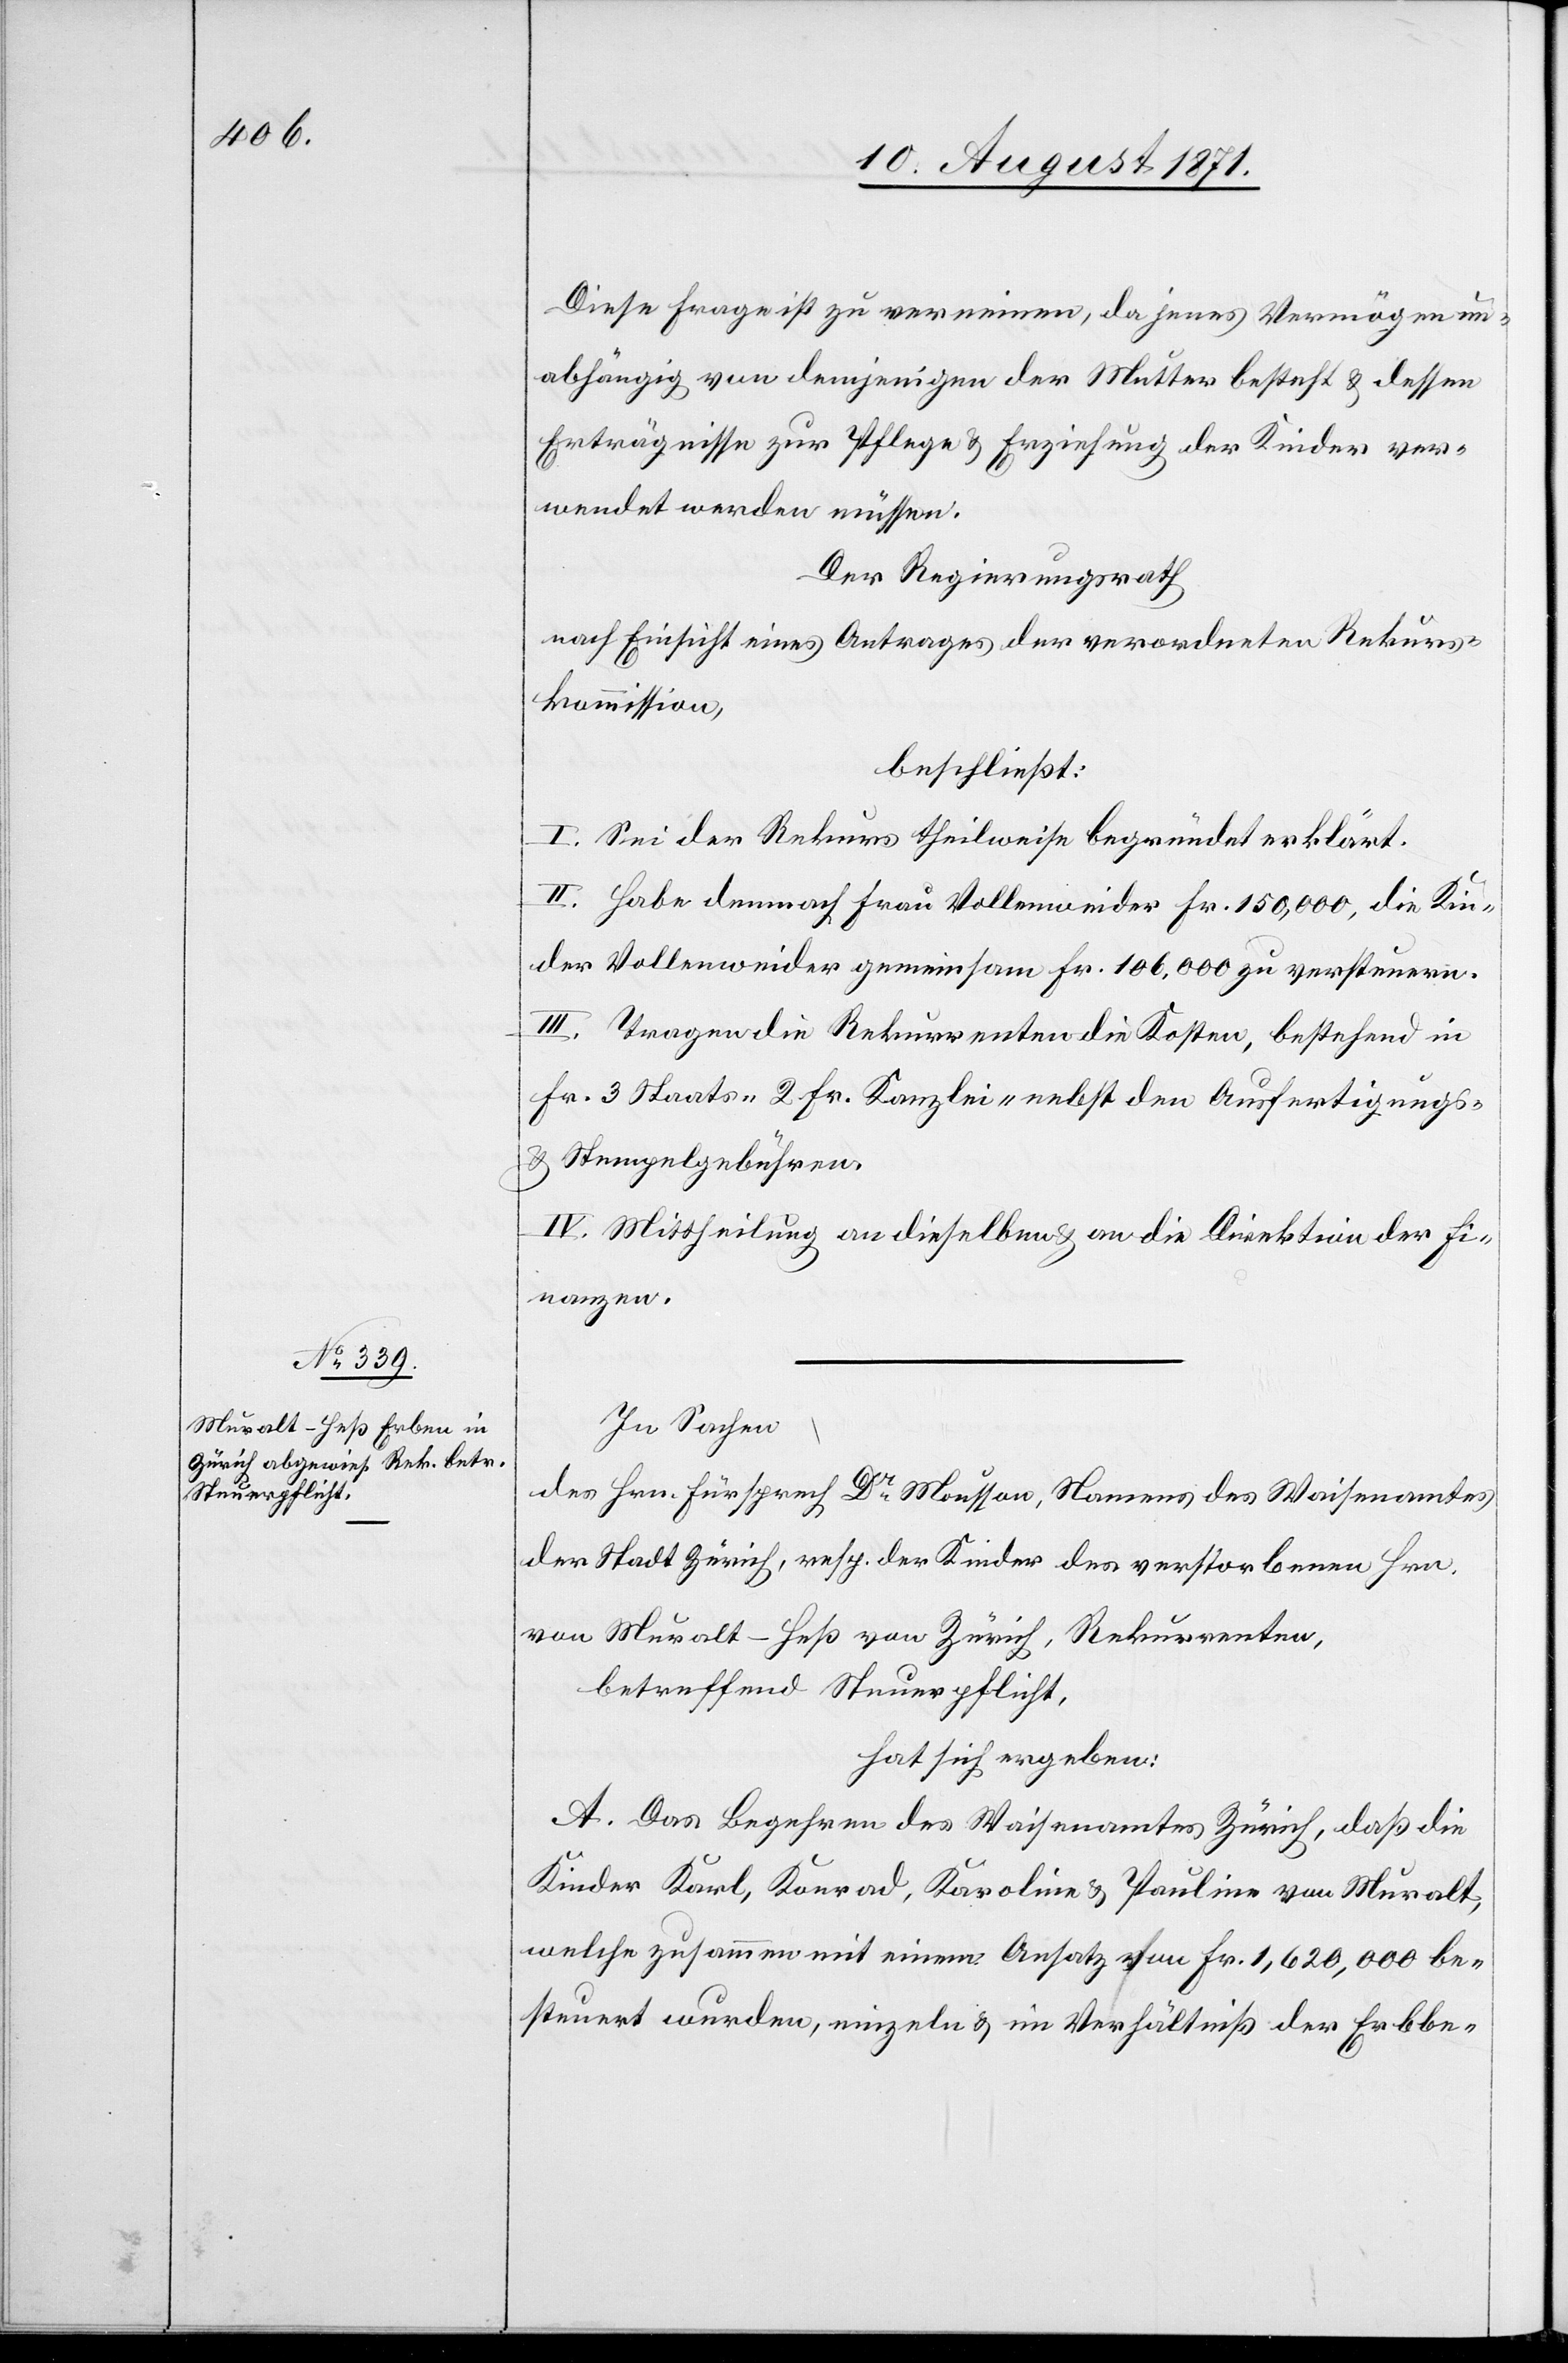
Diese Frage ist zu verneinen, da jenes Vermögen un¬
abhängig von demjenigen der Mutter besteht & dessen
Erträgnisse zur Pflege & Erziehung der Kinder ver¬
wendet werden müssen.
Der Regierungsrath
nach Einsicht eines Antrages der verordneten Rekurs¬
kommission,
beschließt:
I. Sei der Rekurs theilweise begründet erklärt.
II. Habe demnach Frau Vollenweider Fr. 150,000, die Kin¬
der Vollenweider gemeinsam 106,000 zu versteuern.
III. Tragen die Rekurrenten die Kosten, bestehend in
Fr. 3 Staats-[,] 2 Fr. Kanzlei-[,] nebst den Ausfertigungs-
& Stempelgebühren.
IV. Mittheilung an dieselben & an die Direktion der Fi¬
nanzen.
In Sachen
des Hrn. Fürsprech Dr Mousson, Namens des Waisenamtes
der Stadt Zürich, resp. der Kinder des verstorbenen Hrn.
von Muralt-Heß von Zürich, Rekurrenten,
betreffend Steuerpflicht,
hat sich ergeben:
A. Das Begehren des Waisenamtes Zürich, daß die
welche zusammen mit einem Ansatz von Fr. 1,620,000 be¬
steuert werden, einzeln & im Verhältniß der Erbbe-